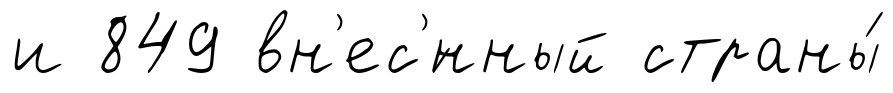
и 849 вн'ес'́нный страны́